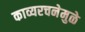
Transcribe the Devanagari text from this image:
काव्यरचनेमुळे